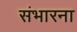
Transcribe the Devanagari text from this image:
संभारना